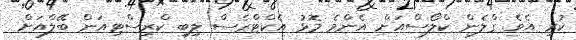
ކުރި އެވެ. ގްލެން ކްލޯސްއަށް އެންމެ މޮޅު އެކްޓްރެސް ލިބި ކްރިސްޓިއަން ބޭލްއަށް